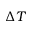
\Delta T